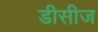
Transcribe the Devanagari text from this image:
डीसीज